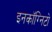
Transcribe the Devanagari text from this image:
इनकॉग्निटो